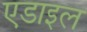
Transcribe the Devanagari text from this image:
एडाइल